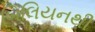
બિલિયનથી